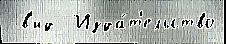
 в'ид  Изда́т'ельство